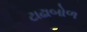
ટાઢાબોળ